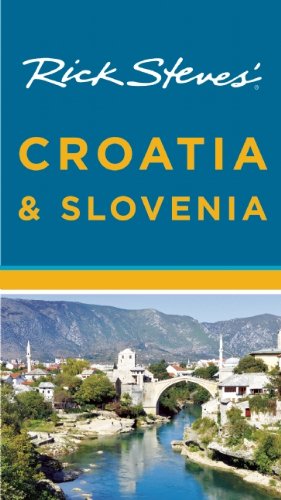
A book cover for Rick Steves' Croatia & Slovenia; Rick Steves; Travel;